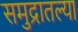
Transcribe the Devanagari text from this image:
समुद्रातल्या